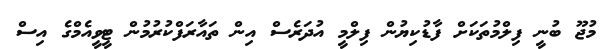
މުޖޫ ބުނީ ފިލްމުތަކަށް ފާޑުކިޔުން ފިލްމީ އުދަރެސް އިން ތައާރަފްކުރުމުން ޓީވީއެމްގެ އިސް